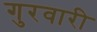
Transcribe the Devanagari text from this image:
गुरवारी